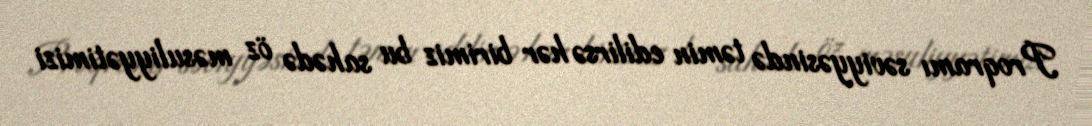
Proqramı səviyyəsində təmin edilirsə hər birimiz bu sahədə öz məsuliyyətimizi